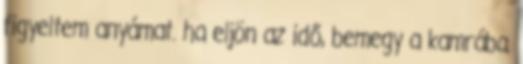
figyeltem anyámat. ha eljön az idő, bemegy a kamrába.